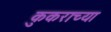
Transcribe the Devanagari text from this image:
कुकराच्या